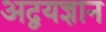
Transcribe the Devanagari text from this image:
अद्वयज्ञान